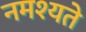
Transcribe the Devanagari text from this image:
नमश्यते